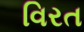
વિરત